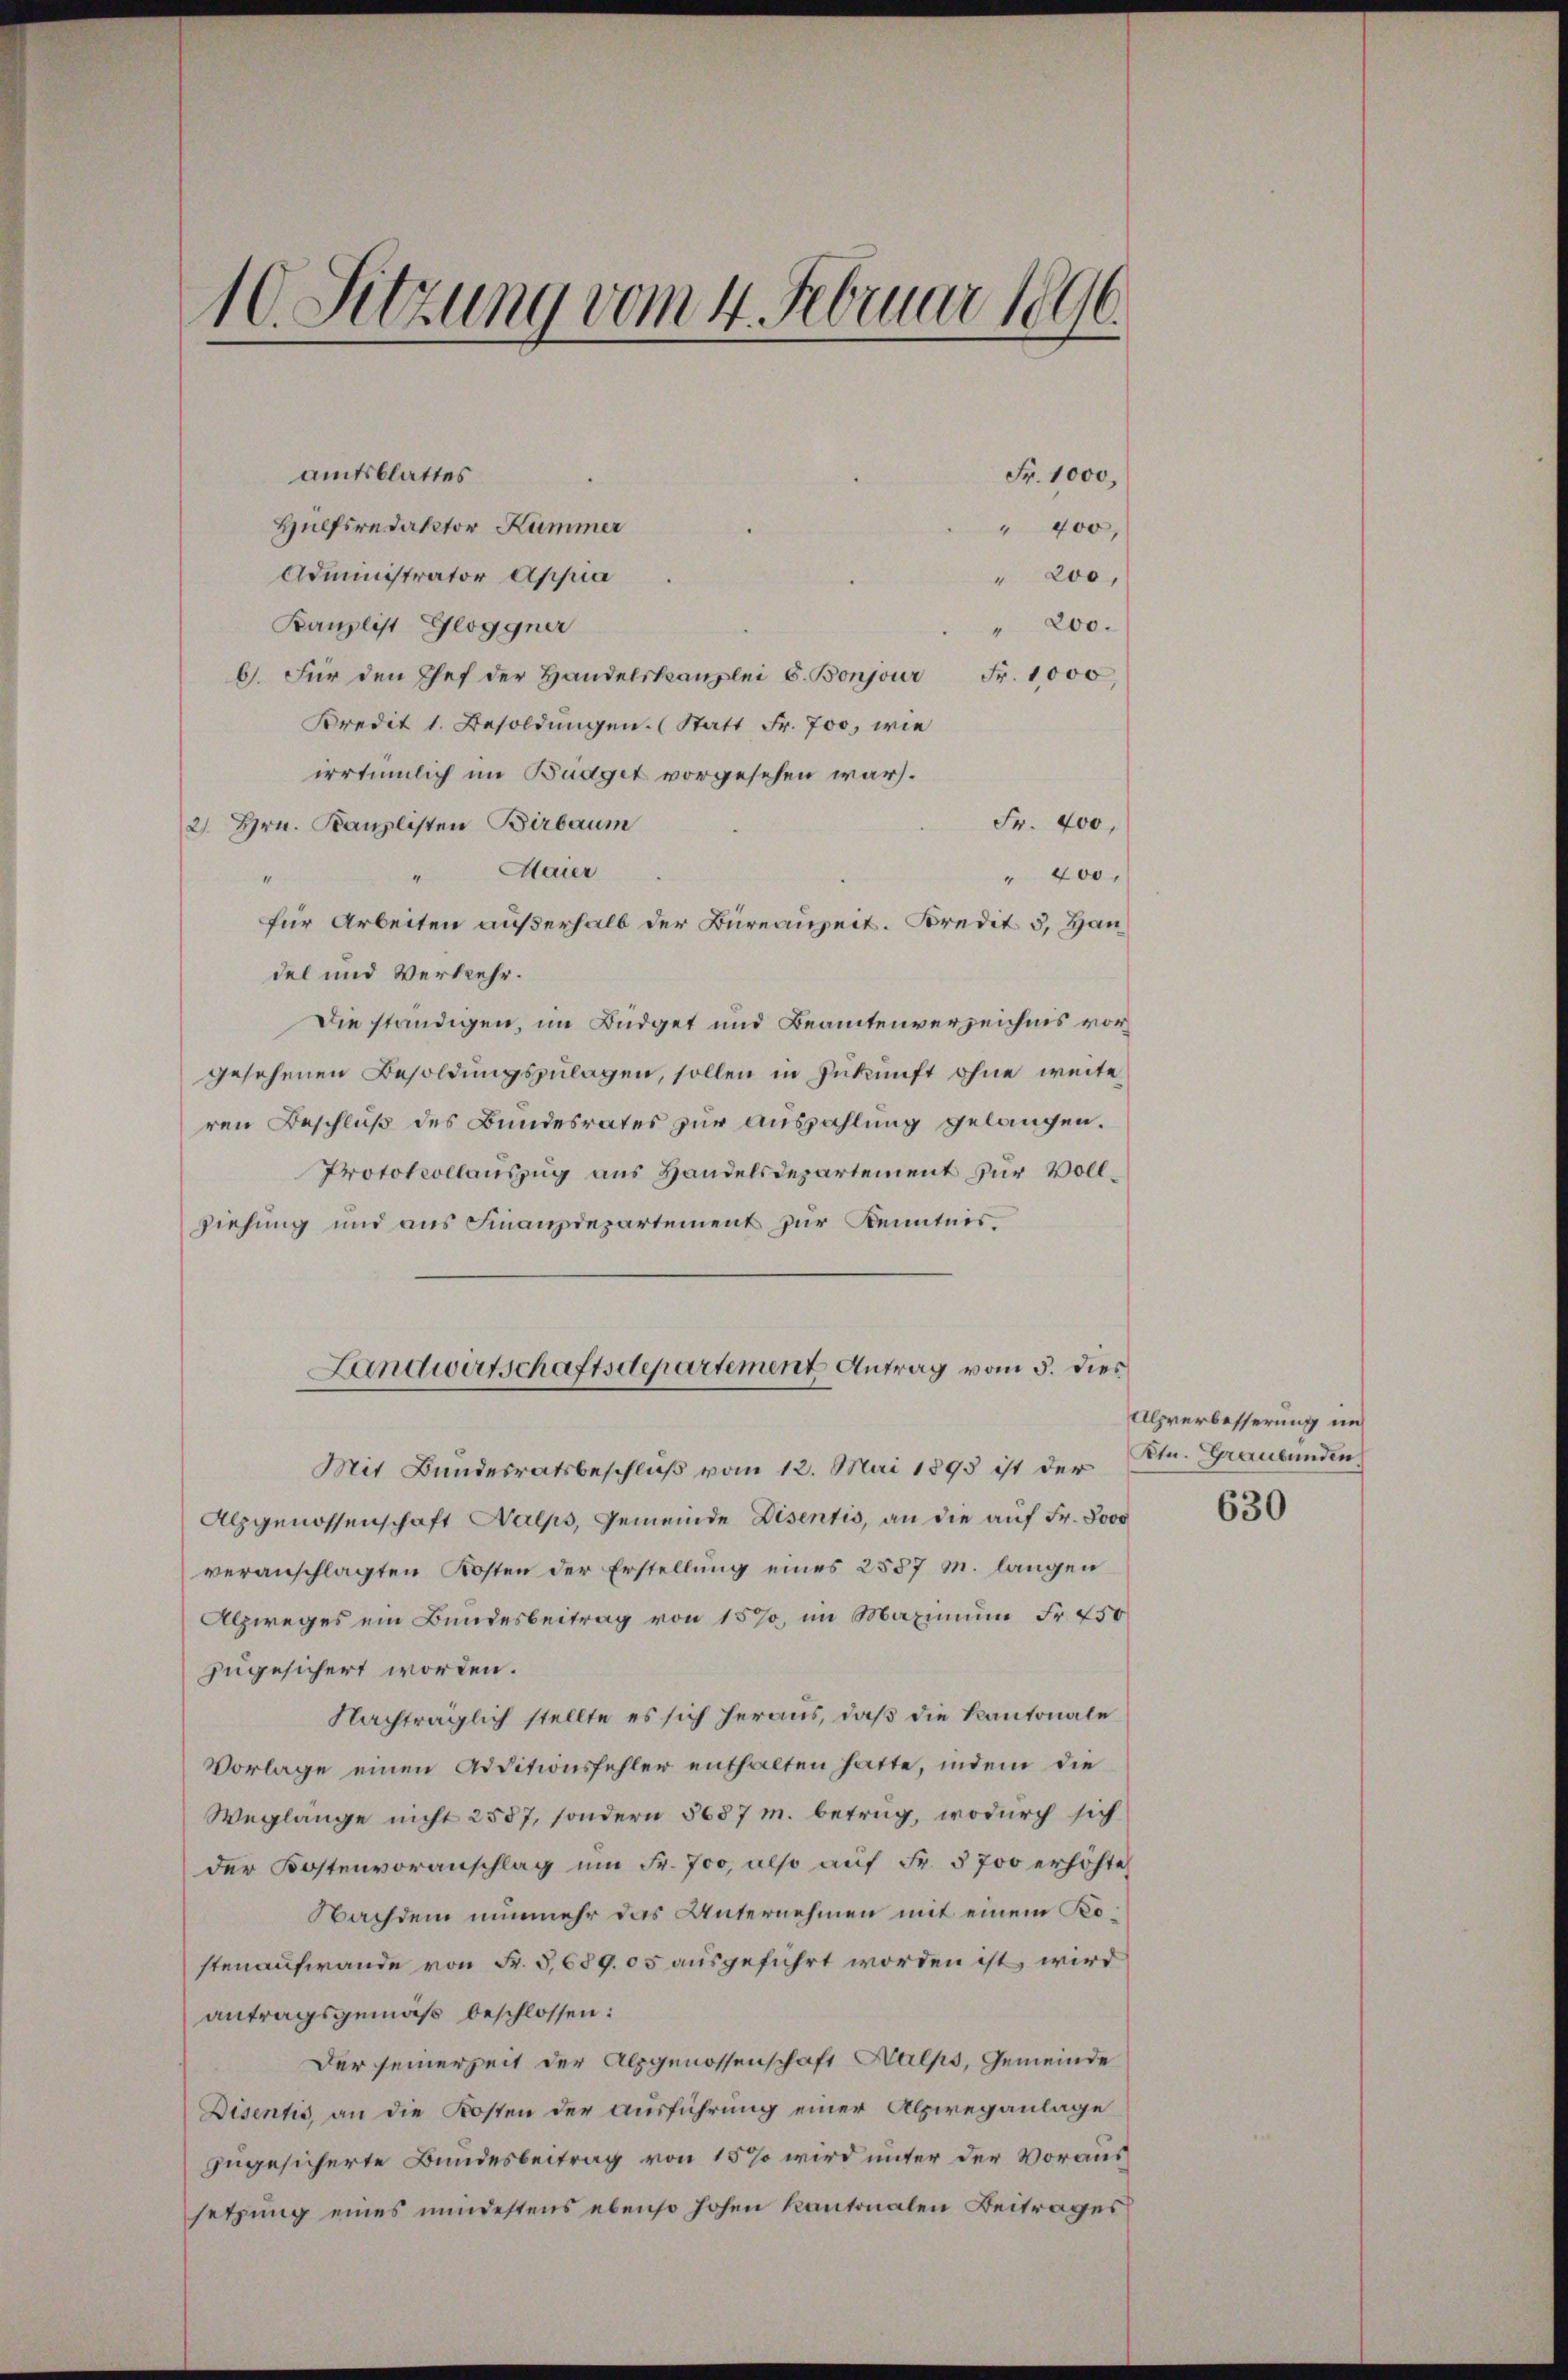
10. Sitzung vom 4. Februar 1896.

amtsblattes
Hülfsredaktor Kummer
Administrator Appia
Kanzlist Gloggner
" 200.
b. Für den Chef der Handelskanzlei G. Bonjour Fr. 1,000,
Kredit 1. Besoldungen. (Statt Fr. 700, wie
irrtümlich im Budget vorgesehen war.
Fr. 400,
2 Hrn. Kanzlisten Birbaum
Maier
" 400.
für Arbeiten außerhalb der Büreauzeit. Kredit 3, Handel und Verkehr.
Die ständigen, im Büdget und Beamtenverzeichnis vorgesehenen Besoldungszulagen, sollen in Zukunft ohne weite
ren Beschluß des Bundesrates zur Auszahlung gelangen.
Protokollauszug aus Handelsdepartement zur Vollziehung und aus Finanzdepartement zur Kenntnis.
Landwirtschaftsdepartement Antrag vom 5. dies
Mit Bundesratsbeschluß vom 12. Mai 1893 ist der
Alpgenossenschaft Walps, Gemeinde Disentis, an die auf Fr. 8000
veranschlagten Kosten der Erstellung eines 2557 M. langen
Alzweges ein Bundesbeitrag von 15%, im Maximum Fr. 450
zugesichert worden.
Nachträglich stellte es sich heraus, daß die Kantonale
Vorlage einen Additionsfehler enthalten hatte, indem die
Weglänge nicht 2587, sondern 5687 m. betrug, wodurch sich
der Kostenvoranschlag ŭm Fr. 700, also auf Fr. 5700 erhöhte
Nachdem nunmehr das Unternehmen mit einem Kostenaufwande von Fr. 5,689. 05 ausgeführt worden ist, wird
antragsgemäß beschlossen:
Der seinerzeit der Alpgenossenschaft Kalps, Gemeinde
Disentis an die Kosten der Ausführung einer Alpireganlage
zugesicherte Bundesbeitrag von 15% wird unter der Voraussetzung eines mindestens ebenso hohen Kantonalen Beitrages

Fr. 1000,
" 400,

" 200,

Alpverbesserung im
Ktn. Graubünden
630